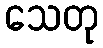
သေတု